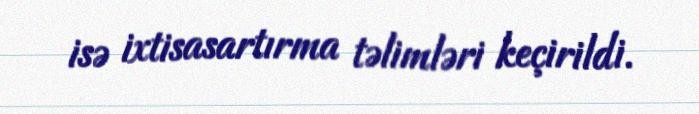
isə ixtisasartırma təlimləri keçirildi.